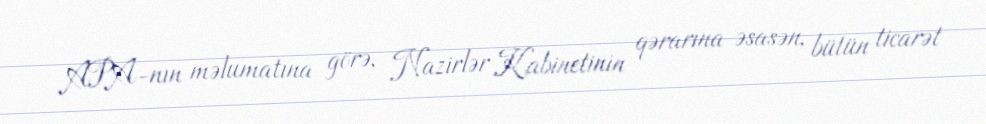
APA-nın məlumatına görə, Nazirlər Kabinetinin qərarına əsasən, bütün ticarət